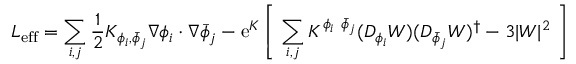
{ \cal L } _ { \mathrm { e f f } } = \sum _ { i , j } { \frac { 1 } { 2 } } K _ { \phi _ { i } , { \bar { \phi } } _ { j } } \nabla \phi _ { i } \cdot \nabla { \bar { \phi } } _ { j } - \mathrm { e } ^ { K } \left[ \ \sum _ { i , j } K ^ { \phi _ { i } \ { \bar { \phi } } _ { j } } ( D _ { \phi _ { i } } W ) ( D _ { { \bar { \phi } } _ { j } } W ) ^ { \dag } - 3 | W | ^ { 2 } \ \right]